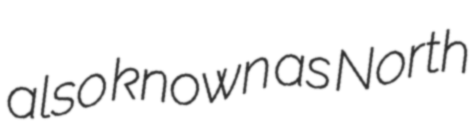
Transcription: also known as North